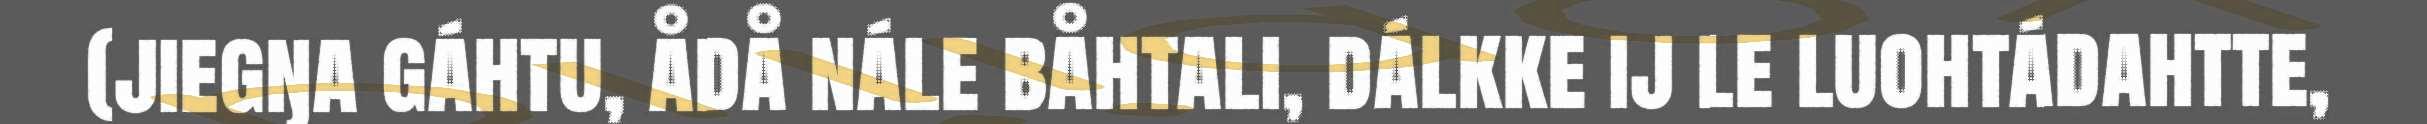
(jiegŋa gáhtu, ådå nále båhtali, dálkke ij le luohtádahtte,